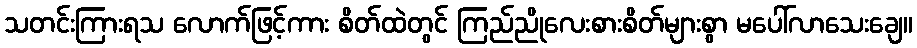
သတင်းကြားရသ လောက်ဖြင့်ကား စိတ်ထဲတွင် ကြည်ညိုလေးစားစိတ်များစွာ မပေါ်လာသေးချေ။